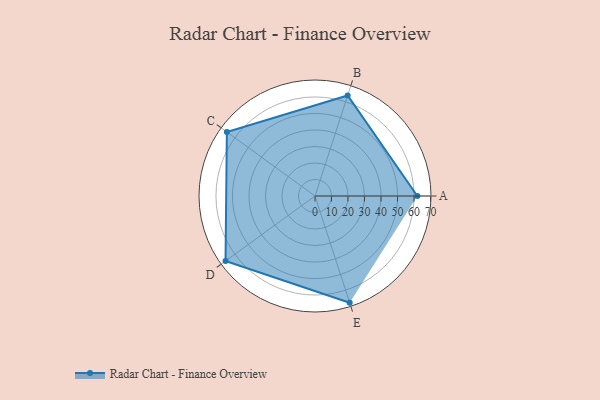
{"axis": {"x": "Skill", "y": "Score"}, "legend": ["Profile"], "data": [{"x": "A", "y": 62.0, "type": "Profile"}, {"x": "B", "y": 64.0, "type": "Profile"}, {"x": "C", "y": 66.0, "type": "Profile"}, {"x": "D", "y": 67.0, "type": "Profile"}, {"x": "E", "y": 68.0, "type": "Profile"}]}